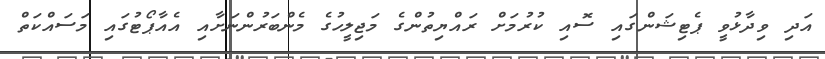
އަދި ވިދާޅުވީ ޕެޓިޝަންގައި ސޮއި ކުރުމަށް ރައްޔިތުންގެ މަޖިލީހުގެ މެންބަރުންނަށާއި އެއާޕޯޓުގައި މަސައްކަތް